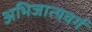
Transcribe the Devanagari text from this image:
अभिजात्यवर्ग